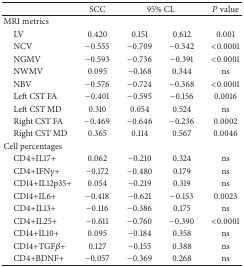
|  | SCC | <COLSPAN=2> 95% CL | P value |
 | --- | --- | --- | --- | --- |
 | MRI metrics |  |  |  |  |
 | LV | 0.420 | 0.151 | 0.612 | 0.001 |
 | NCV | −0.555 | −0.709 | −0.342 | <0.0001 |
 | NGMV | −0.593 | −0.736 | −0.391 | <0.0001 |
 | NWMV | 0.095 | −0.168 | 0.344 | ns |
 | NBV | −0.576 | −0.724 | −0.368 | <0.0001 |
 | Left CST FA | −0.401 | −0.595 | −0.156 | 0.0016 |
 | Left CST MD | 0.310 | 0.054 | 0.524 | ns |
 | Right CST FA | −0.469 | −0.646 | −0.236 | 0.0002 |
 | Right CST MD | 0.365 | 0.114 | 0.567 | 0.0046 |
 | Cell percentages |  |  |  |  |
 | CD4+IL17+ | 0.062 | −0.210 | 0.324 | ns |
 | CD4+IFNγ+ | −0.172 | −0.480 | 0.179 | ns |
 | CD14+IL12p35+ | 0.054 | −0.219 | 0.319 | ns |
 | CD14+IL6+ | −0.418 | −0.621 | −0.153 | 0.0023 |
 | CD4+IL13+ | −0.116 | −0.386 | 0.175 | ns |
 | CD4+IL25+ | −0.611 | −0.760 | −0.390 | <0.0001 |
 | CD14+IL10+ | 0.095 | −0.184 | 0.358 | ns |
 | CD14+TGFβ+ | 0.127 | −0.155 | 0.388 | ns |
 | CD4+BDNF+ | −0.057 | −0.369 | 0.268 | ns |